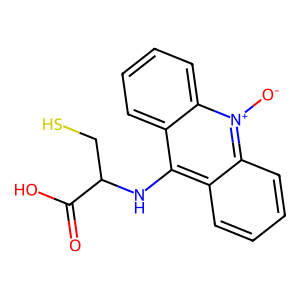
SMILES: O=C(O)C(CS)Nc1c2ccccc2[n+]([O-])c2ccccc12
Inhibits HIV replication: No